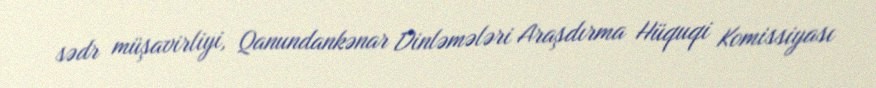
sədr müşavirliyi, Qanundankənar Dinləmələri Araşdırma Hüquqi Komissiyası